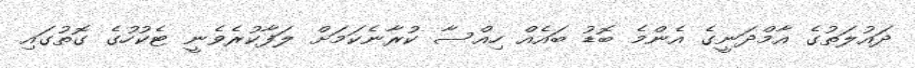
ދައުލަތުގެ އާމްދަނީގެ އެންމެ ބޮޑު ބައެއް ހިއްސާ ކުރާނެކަމަށް ލަފާކުރެވެނީ ޓެކުހުގެ ގޮތުގައި